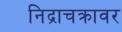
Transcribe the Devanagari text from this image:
निद्राचक्रावर